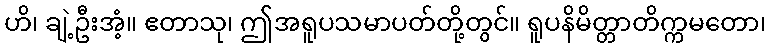
ဟိ၊ ချဲ့ဦးအံ့။ ဧတာသု၊ ဤအရူပသမာပတ်တို့တွင်။ ရူပနိမိတ္တာတိက္ကမတော၊